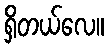
ရှိတယ်လေ။